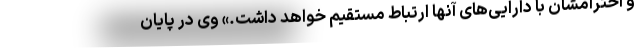
و احترامشان با دارایی‌های آنها ارتباط مستقیم خواهد داشت.» وی در پایان